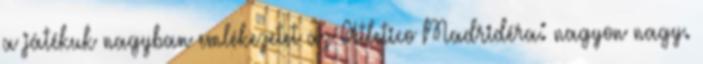
a játékuk nagyban emlékezetet az Atletico Madridéra: nagyon nagy.